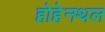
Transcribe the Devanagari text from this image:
होहेनथल